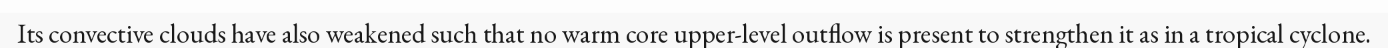
Its convective clouds have also weakened such that no warm core upper-level outflow is present to strengthen it as in a tropical cyclone.